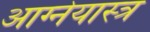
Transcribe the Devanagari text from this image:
आग्‍नेयास्‍त्र